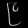
Digit: ၉